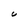
Character: C